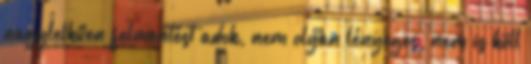
nagylelkűen felmentést adok, nem olyan lényeges, nem is köll